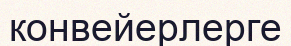
конвейерлерге